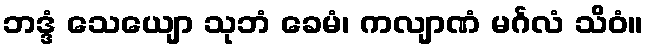
ဘဒ္ဒံ သေယျော သုဘံ ခေမံ၊ ကလျာဏံ မင်္ဂလံ သိဝံ။